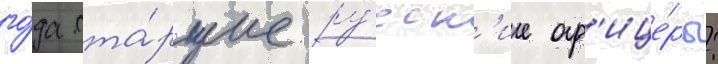
го́да ста́ршие ру́сск'ие оф'ице́ры: